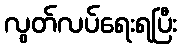
လွတ်လပ်ရေးရပြီး